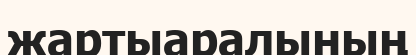
жартыаралының